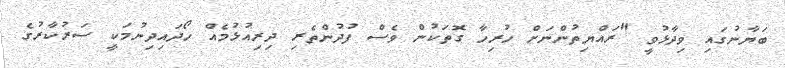
ބަޔާނުގައި ވިދާޅުވީ "ރައްޔިތުންނަށް ހުރިހާ ގޮތަކުން ވެސް ފުދުންތެރި ދިރިއުޅުމެއް ހޯދައިދިނުމަކީ ސަރުކާރުގެ